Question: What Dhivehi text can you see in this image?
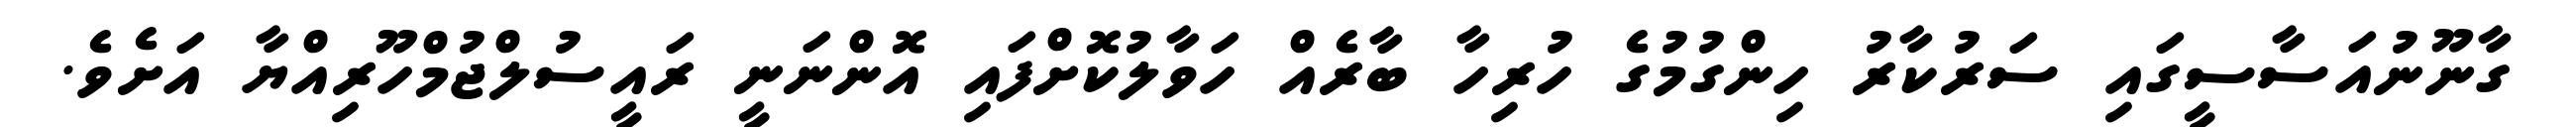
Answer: ގާނޫނުއަސާސީގައި ސަރުކާރު ހިންގުމުގެ ހުރިހާ ބާރެއް ހަވާލުކޮށްފައި އޮންނަނީ ރައީސުލްޖުމްހޫރިއްޔާ އަށެވެ.